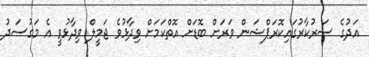
އަދުގެ ސަރުކާރުގައިކޮރަޕްޝަން ވަރަށް ބޮޑަށް އޮތްކަމަށް ވިދާޅުވެ ޖަމީލް ވިދާޅުވީ އެ މަގުސަދު